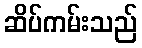
ဆိပ်ကမ်းသည်